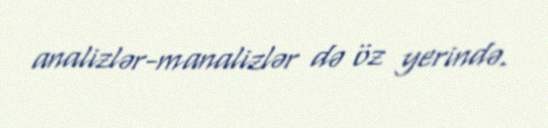
analizlər-manalizlər də öz yerində.